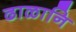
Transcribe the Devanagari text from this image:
ढाळानि